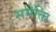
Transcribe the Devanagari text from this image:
समेक्ति